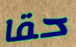
حقا